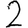
Digit: 2